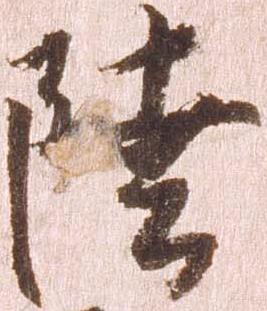
陸